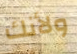
ولأنك